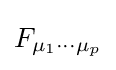
F_{\mu _{1}\cdots \mu _{p}}